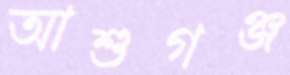
আশুগঞ্জ